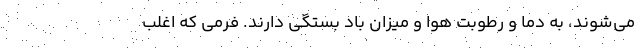
می‌شوند، به دما و رطوبت هوا و میزان باد بستگی دارند. فرمی که اغلب